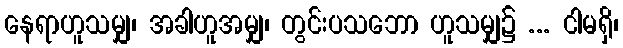
နေရာဟူသမျှ၊ အခါဟူအမျှ၊ တွင်းပသဘော ဟူသမျှ၌ ... ငါမရှိ၊